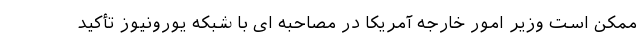
ممکن است وزیر امور خارجه آمریکا در مصاحبه ای با شبکه یورونیوز تأکید